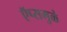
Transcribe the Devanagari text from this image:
ऍप्समुळे